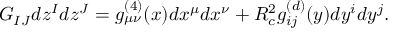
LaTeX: G _ { I J } d z ^ { I } d z ^ { J } = g _ { \mu \nu } ^ { ( 4 ) } ( x ) d x ^ { \mu } d x ^ { \nu } + R _ { c } ^ { 2 } g _ { i j } ^ { ( d ) } ( y ) d y ^ { i } d y ^ { j } .